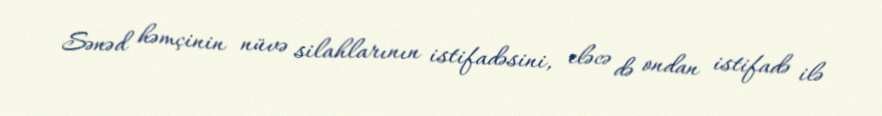
Sənəd həmçinin nüvə silahlarının istifadəsini, eləcə də ondan istifadə ilə